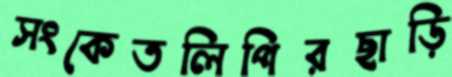
সংকেতলিপিরছাড়ি